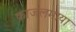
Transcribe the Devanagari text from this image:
काजलमाया